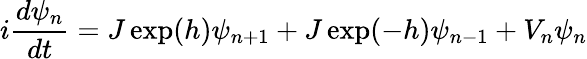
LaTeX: i\frac{d\psi_{n}}{dt}=J\exp(h)\psi_{n+1}+J\exp(-h)\psi_{n-1}+V_{n}\psi_{n}